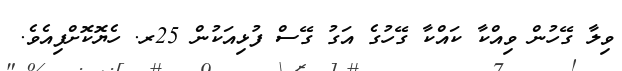
ވިލާ ގޭހުން ވިއްކާ ކައްކާ ގޭހުގެ އަގު ގޭސް ފުޅިއަކުން 25ރ. ހެޔޮކޮށްފިއެވެ.